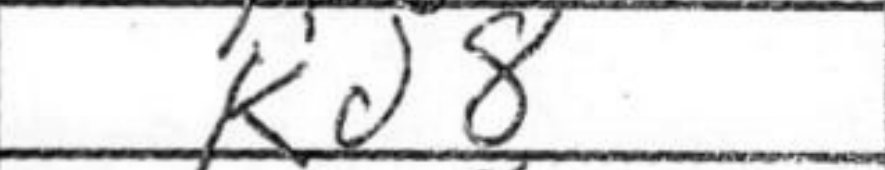
Transcription: Kd8